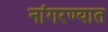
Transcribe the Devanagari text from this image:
नांगरण्यात